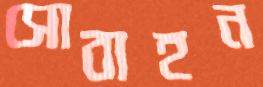
সোবাহন